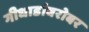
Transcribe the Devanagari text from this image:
गीधाडांबरोबर